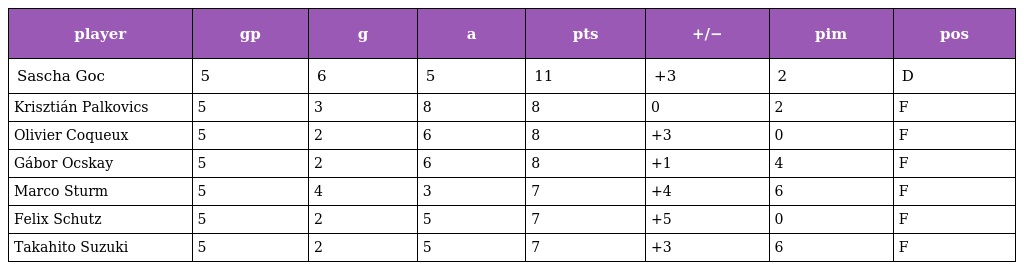
| player | gp | g | a | pts | +/− | pim | pos |
 | --- | --- | --- | --- | --- | --- | --- | --- |
 | Sascha Goc | 5 | 6 | 5 | 11 | +3 | 2 | D |
 | Krisztián Palkovics | 5 | 3 | 8 | 8 | 0 | 2 | F |
 | Olivier Coqueux | 5 | 2 | 6 | 8 | +3 | 0 | F |
 | Gábor Ocskay | 5 | 2 | 6 | 8 | +1 | 4 | F |
 | Marco Sturm | 5 | 4 | 3 | 7 | +4 | 6 | F |
 | Felix Schutz | 5 | 2 | 5 | 7 | +5 | 0 | F |
 | Takahito Suzuki | 5 | 2 | 5 | 7 | +3 | 6 | F |